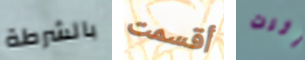
بالشرطة أقسمت أثرت